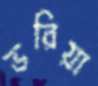
ভরিয়া